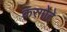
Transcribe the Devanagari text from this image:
करगोटे